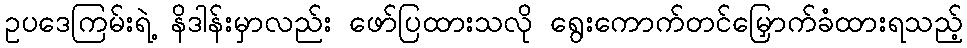
ဥပဒေကြမ်းရဲ့ နိဒါန်းမှာလည်း ဖော်ပြထားသလို ရွေးကောက်တင်မြှောက်ခံထားရသည့်